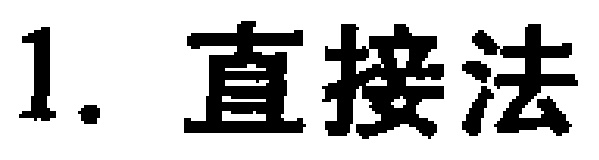
1. 直接法